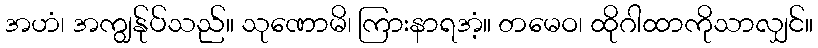
အဟံ၊ အကျွန်ုပ်သည်။ သုဏောမိ၊ ကြားနာရအံ့။ တမေဝ၊ ထိုဂါထာကိုသာလျှင်။